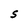
Character: S